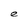
Character: e